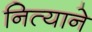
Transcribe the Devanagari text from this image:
नित्याने